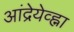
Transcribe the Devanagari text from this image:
आंद्रेयेव्ह्ना